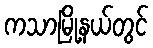
ကသာမြို့နယ်တွင်